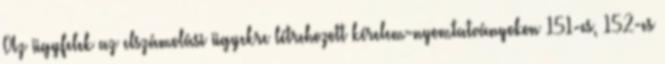
Az ügyfelek az elszámolási ügyekre létrehozott kérelem-nyomtatványokon 151-es, 152-es